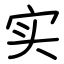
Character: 实